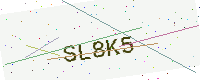
Text: SL8K5